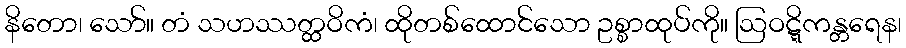
နိတော၊ သော်။ တံ သဟဿတ္ထဝိကံ၊ ထိုတစ်ထောင်သော ဥစ္စာထုပ်ကို။ ဩဝဋ္ဋိကန္တရေန၊